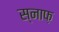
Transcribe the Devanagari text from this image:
स्नाफ़